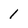
Character: 1